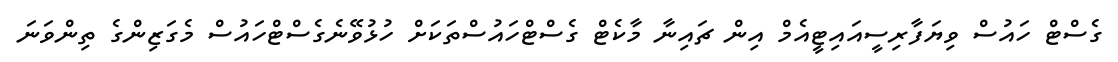
ގެސްޓް ހައުސް ވިޔަފާރިސީއައިޓީއެމް އިން ޗައިނާ މާކެޓް ގެސްޓްހައުސްތަކަށް ހުޅުވޭނެގެސްޓްހައުސް މެގަޒިންގެ ތިންވަނަ